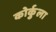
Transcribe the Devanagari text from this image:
कोर्कुला